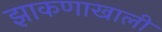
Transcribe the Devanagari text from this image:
झाकणाखाली